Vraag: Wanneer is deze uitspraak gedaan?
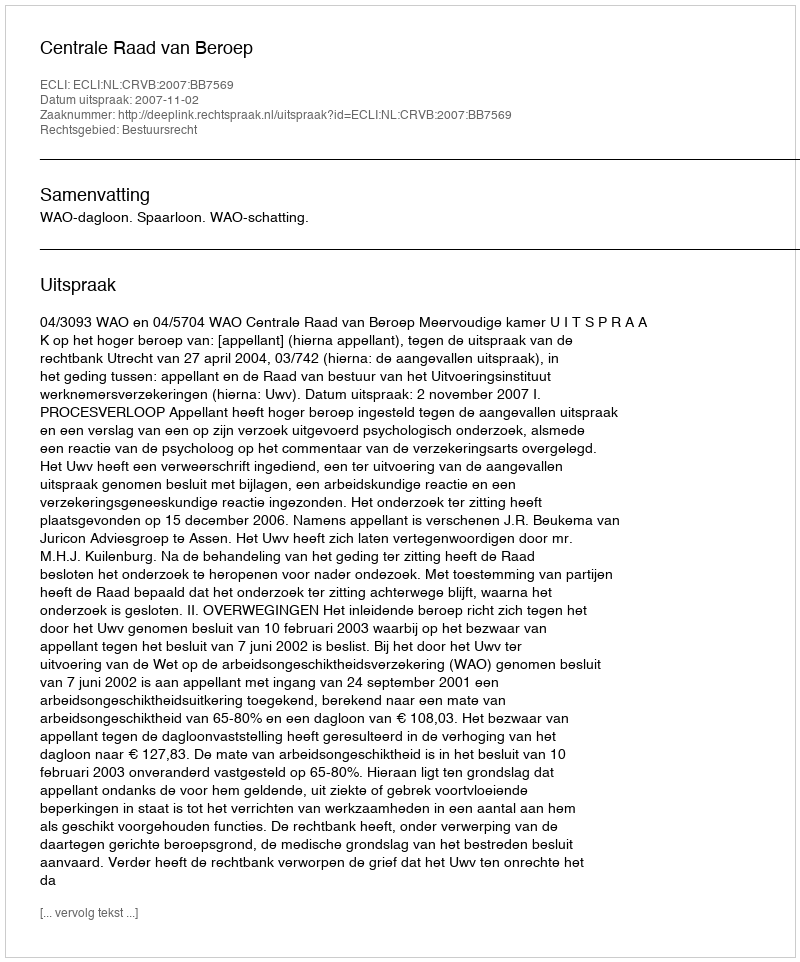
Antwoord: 2007-11-02